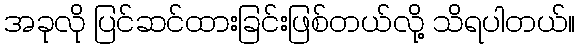
အခုလို ပြင်ဆင်ထားခြင်းဖြစ်တယ်လို့ သိရပါတယ်။